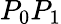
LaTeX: P_{0}P_{1}